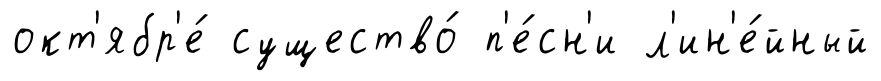
окт'ябр'е́ существо́ п'е́сн'и л'ин'е́йный